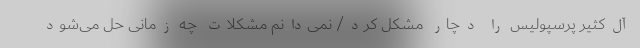
آل‌کثیر پرسپولیس را دچار مشکل کرد/ نمی‌دانم مشکلات چه زمانی حل می‌شود